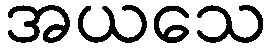
အယသေ